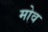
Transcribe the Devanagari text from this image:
मोव